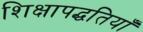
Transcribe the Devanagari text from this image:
शिक्षापद्धतियाँ